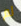
لم